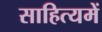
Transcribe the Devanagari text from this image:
साहित्यमें